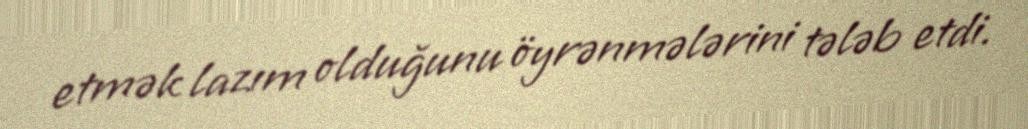
etmək lazım olduğunu öyrənmələrini tələb etdi.